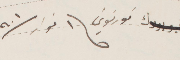
فورتوين في ١ نوار ١٩٠١